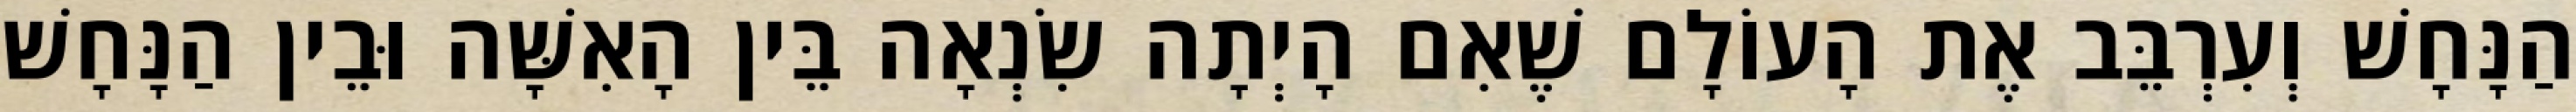
הַנָּחָשׁ וְעִרְבֵּב אֶת הָעוֹלָם שֶׁאִם הָיְתָה שִׂנְאָה בֵּין הָאִשָּׁה וּבֵין הַנָּחָשׁ